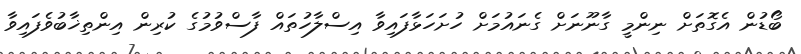
ބޯޑުން އެގޮތަށް ނިންމީ ގާނޫނަށް ގެނައުމަށް ހުށަހަޅާފައިވާ އިސްލާހުތައް ފާސްވުމުގެ ކުރިން އިންތިޚާބުވެފައިވާ